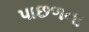
પાછળના